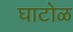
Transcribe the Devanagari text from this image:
घाटोळ